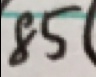
8 5 (